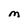
Character: M